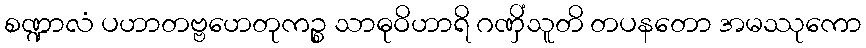
စဏ္ဍာလံ ပဟာတဗ္ဗဟေတုကဉ္စ သာဓုဝိဟာရိ ဂဏှိံသူတိ တပနတော အမဿုကော